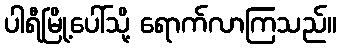
ပါရီမြို့ပေါ်သို့ ရောက်လာကြသည်။